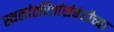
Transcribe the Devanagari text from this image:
स्थलांतरितांसंबंधीच्या